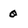
Character: 0